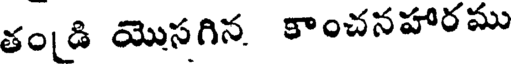
తం[డి యొసగిన కాంచనహారము